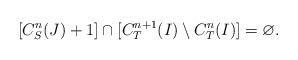
LaTeX: \begin{align*} [C_S^n(J) + 1] \cap [C_T^{n+1}(I) \setminus C_T^{n}(I)] = \varnothing.\end{align*}